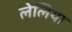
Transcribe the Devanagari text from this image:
लेलिया